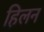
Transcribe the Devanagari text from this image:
हिलन